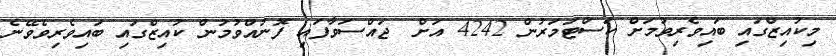
މިކުއިޒްގައި ބައިވެރިވުމަށް ކަސްޓަމަރުން 4242 އަށް  ޖައްސަވާފައި ފޮނުއްވުމުން ކުއިޒްގައި ބައިވެރިވެވޭނެ